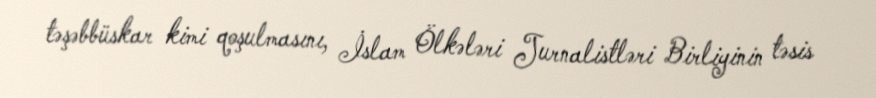
təşəbbüskar kimi qoşulmasını, İslam Ölkələri Jurnalistləri Birliyinin təsis